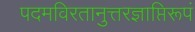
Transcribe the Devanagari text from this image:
पदमविरतानुत्तरज्ञाप्तिरूपं